Civil Veterinary Department Bihar & Orissa reports 1911-21 - 1911-1921
Year: 1911
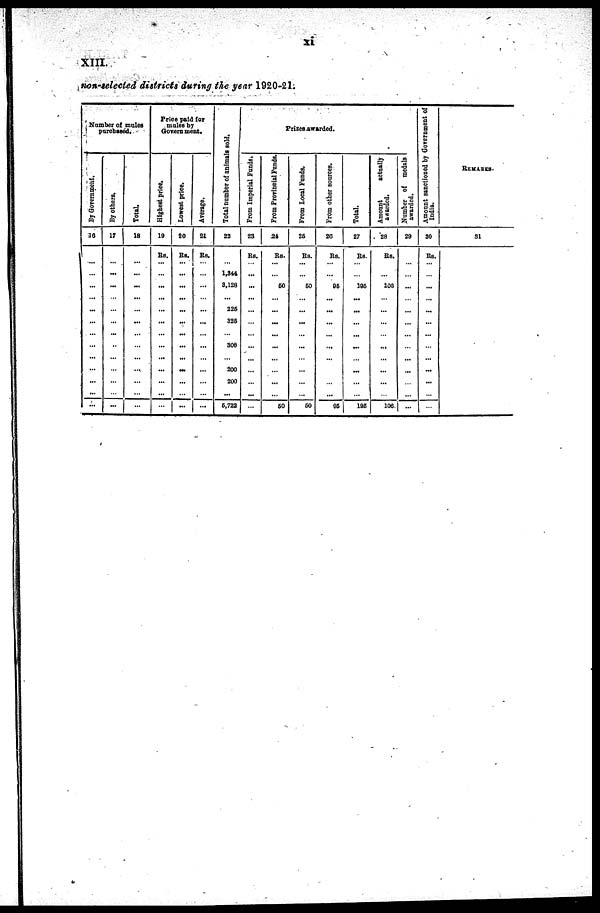
xi
XIII.
non-selected districts during the year 1920-21.
Number of males
purchased.
By Government
16
...
...
...
...
...
...
...
...
...
...
By others.
17
...
...
...
...
...
...
...
...
...
...
Total.
18
...
...
...
...
...
...
...
...
...
...
Price paid for
males by
Government.
Highest Price.
19
Rs.
...
...
...
...
...
...
...
...
...
Lowest Price.
20
Rs.
...
...
...
...
...
...
...
...
...
Average
21
Rs.
...
...
...
...
...
...
...
...
...
Total number of animals sold,
22
...
1,844
3,128
226
326
300
200
200
6,722
Prizes Awarded.
From Imperial Funds.
23
Rs.
...
...
...
...
...
...
...
...
...
Form Provincial Funds.
24
Rs.
...
60
...
...
...
...
...
...
60
From Local Funds.
25
Rs.
...
60
...
...
...
...
...
...
60
Form other sources.
20
Rs.
...
95
...
...
...
...
...
95
Total.
27
Rs.
...
106
...
...
...
...
...
...
196
actually
28
Rs.
...
103
...
...
...
...
...
...
106
medals of Number
29
...
...
...
...
...
...
...
...
...
...
Amount
sanctioned by Government of
India.
30
Rs.
...
...
...
...
...
...
...
...
...
REMARKS
31